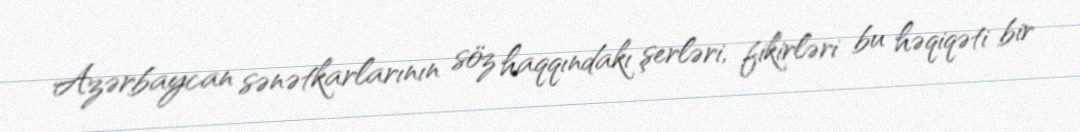
Azərbaycan sənətkarlarının söz haqqındakı şerləri, fikirləri bu həqiqəti bir